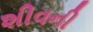
શીવની